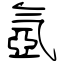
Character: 氬